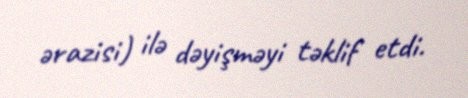
ərazisi) ilə dəyişməyi təklif etdi.